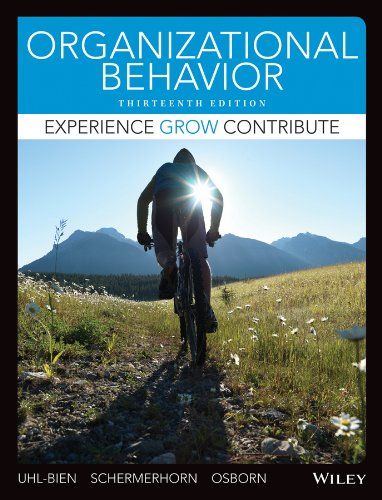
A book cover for Organizational Behavior, Binder Ready Version; Mary Uhl-Bien; Business & Money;